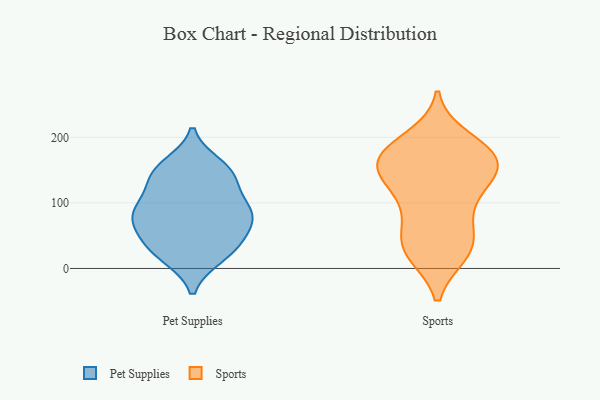
{"axis": {"x": "Budget (USD K)", "y": "Value"}, "legend": ["Pet Supplies", "Sports"], "data": [{"x": "", "y": 75, "type": "Pet Supplies"}, {"x": "", "y": 86, "type": "Pet Supplies"}, {"x": "", "y": 149, "type": "Pet Supplies"}, {"x": "", "y": 94, "type": "Pet Supplies"}, {"x": "", "y": 18, "type": "Pet Supplies"}, {"x": "", "y": 123, "type": "Pet Supplies"}, {"x": "", "y": 141, "type": "Pet Supplies"}, {"x": "", "y": 77, "type": "Pet Supplies"}, {"x": "", "y": 88, "type": "Pet Supplies"}, {"x": "", "y": 145, "type": "Pet Supplies"}, {"x": "", "y": 19, "type": "Pet Supplies"}, {"x": "", "y": 157, "type": "Pet Supplies"}, {"x": "", "y": 47, "type": "Pet Supplies"}, {"x": "", "y": 43, "type": "Pet Supplies"}, {"x": "", "y": 80, "type": "Pet Supplies"}, {"x": "", "y": 32, "type": "Pet Supplies"}, {"x": "", "y": 117, "type": "Sports"}, {"x": "", "y": 183, "type": "Sports"}, {"x": "", "y": 92, "type": "Sports"}, {"x": "", "y": 127, "type": "Sports"}, {"x": "", "y": 124, "type": "Sports"}, {"x": "", "y": 166, "type": "Sports"}, {"x": "", "y": 155, "type": "Sports"}, {"x": "", "y": 28, "type": "Sports"}, {"x": "", "y": 157, "type": "Sports"}, {"x": "", "y": 173, "type": "Sports"}, {"x": "", "y": 65, "type": "Sports"}, {"x": "", "y": 181, "type": "Sports"}, {"x": "", "y": 162, "type": "Sports"}, {"x": "", "y": 154, "type": "Sports"}, {"x": "", "y": 198, "type": "Sports"}, {"x": "", "y": 23, "type": "Sports"}, {"x": "", "y": 56, "type": "Sports"}, {"x": "", "y": 24, "type": "Sports"}, {"x": "", "y": 31, "type": "Sports"}]}